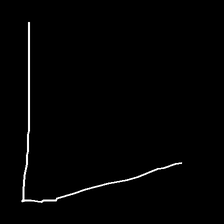
Glyph: region